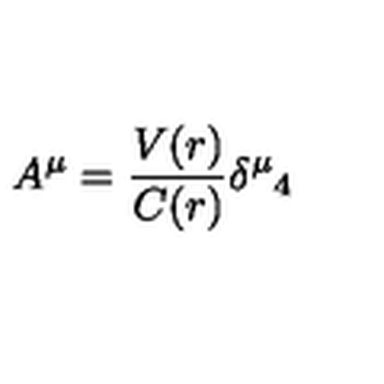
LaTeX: A ^ { \mu } = \frac { V ( r ) } { C ( r ) } { \delta ^ { \mu } } _ { 4 }